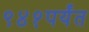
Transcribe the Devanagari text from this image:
९४१पर्यंत